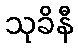
သုခိနီ